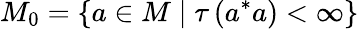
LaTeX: M_{0}=\left\{ a\in M\mid\tau\left(a^{*}a\right)<\infty\right\}